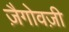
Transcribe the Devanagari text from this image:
ज़ैगोवज़ी